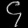
Digit: ၄